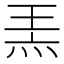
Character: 𤈅